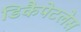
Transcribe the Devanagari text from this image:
डिकैपेटलेस